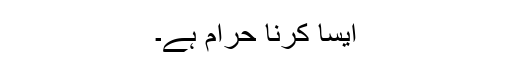
ایسا کرنا حرام ہے۔